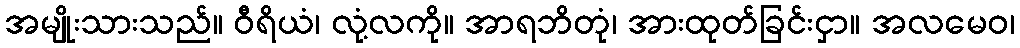
အမျိုးသားသည်။ ဝီရိယံ၊ လုံ့လကို။ အာရဘိတုံ၊ အားထုတ်ခြင်းငှာ။ အလမေဝ၊